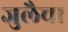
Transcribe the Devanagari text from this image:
जुलैचा